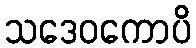
သဒေဝကောပိ